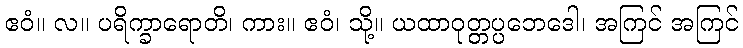
ဧဝံ။ လ။ ပရိက္ခာရောတိ၊ ကား။ ဧဝံ၊ သို့။ ယထာဝုတ္တပ္ပဘေဒေါ၊ အကြင် အကြင်